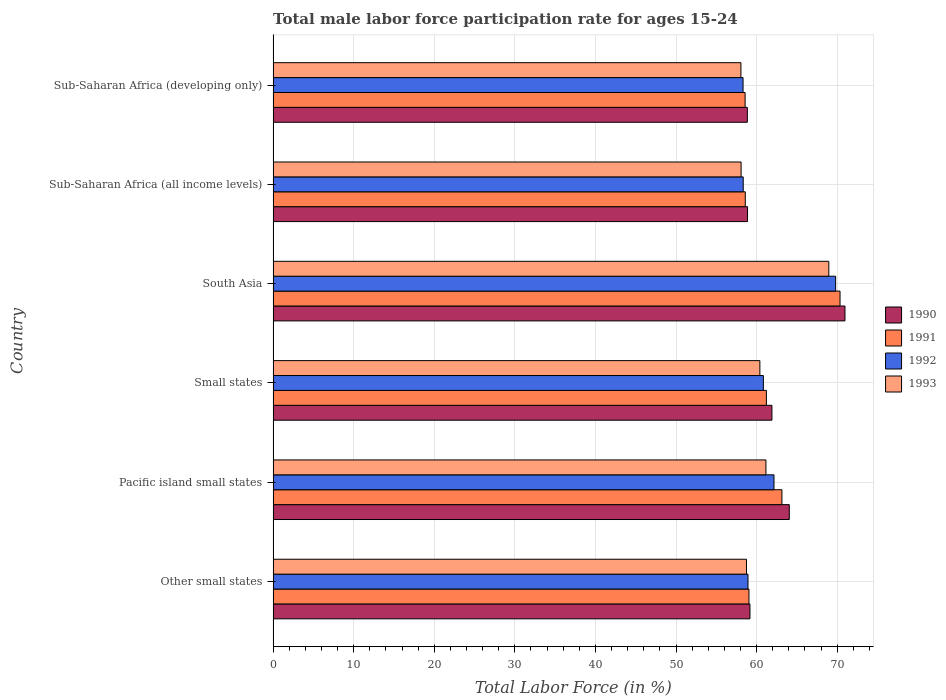
| Country | 1990 | 1991 | 1992 | 1993 |
 | --- | --- | --- | --- | --- |
 | Other small states | 59.2 | 59.1 | 58.9 | 58.7 |
 | Pacific island small states | 64.1 | 63.1 | 62.2 | 61.2 |
 | Small states | 61.9 | 61.2 | 60.8 | 60.4 |
 | South Asia | 71 | 70.4 | 69.8 | 69 |
 | Sub-Saharan Africa (all income levels) | 58.9 | 58.6 | 58.3 | 58.1 |
 | Sub-Saharan Africa (developing only) | 58.9 | 58.6 | 58.3 | 58.1 |